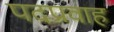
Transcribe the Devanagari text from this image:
पदप्रवाह